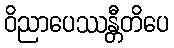
ဝိညာပေဿန္တီတိပေ